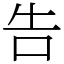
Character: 告